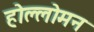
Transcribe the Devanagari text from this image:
होल्लोमन